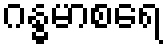
ဂန္ဓမာစရေ